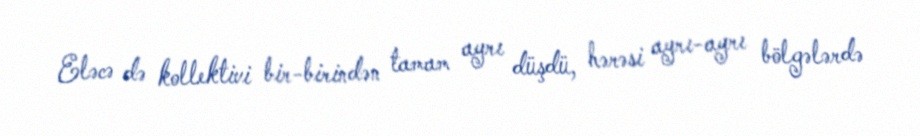
Eləcə də kollektivi bir-birindən tamam ayrı düşdü, hərəsi ayrı-ayrı bölgələrdə